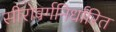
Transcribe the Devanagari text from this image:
सीरोवर्गनिर्धारित